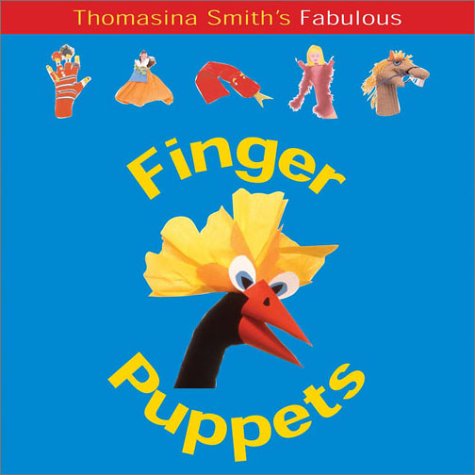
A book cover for Finger Puppets: Fun Factory Series (Fun Faactory...); Thomasina Smith; Crafts, Hobbies & Home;